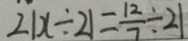
2 1 x \div 2 1 = \frac { 1 2 } { 7 } \div 2 1